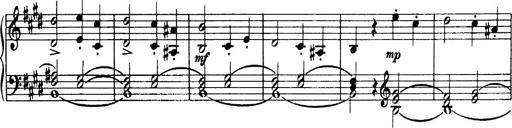
Title: 3 Sonatinas, Op.67
Composer: Jean Sibelius